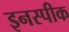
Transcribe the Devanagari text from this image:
इनस्पीक